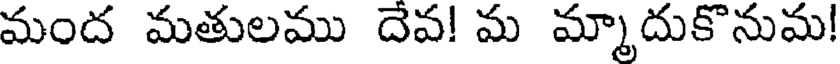
మంద మతులము దెవ! మ మ్మాదుకొనుమ!